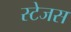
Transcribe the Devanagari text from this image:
स्टेजस